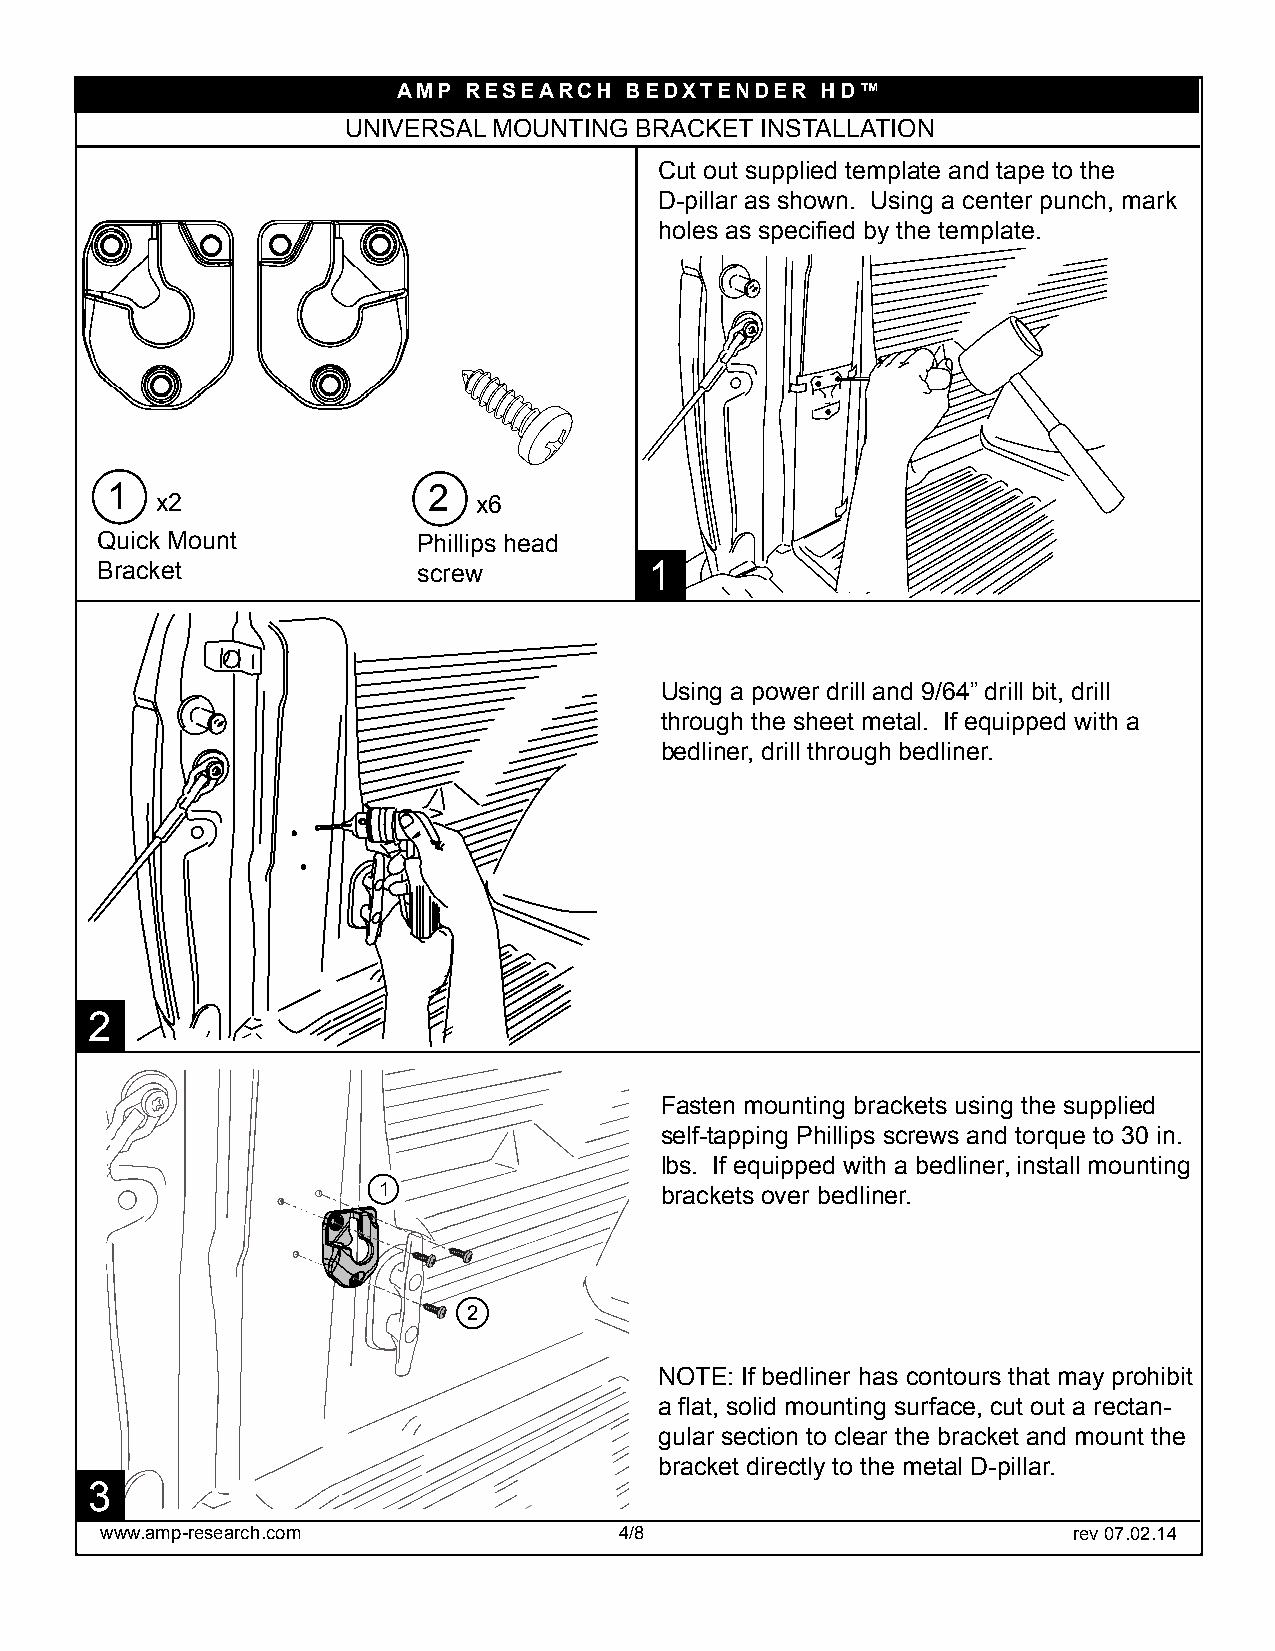
AMP  RESEARCH  BEDXTENDER   HD™
 UNIVERSAL MOUNTING BRACKET INSTALLATION
 Cut out supplied template and tape to the
 D-pillar as shown. Using a center punch, mark
 holes as specified by the template.
 1                    2
 x2                    x6
 Quick Mount           Phillips head
 Bracket               screw          1
 Using a power drill and 9/64” drill bit, drill
 through the sheet metal. If equipped with a
 bedliner, drill through bedliner.
 2
 Fasten mounting brackets using the supplied
 self-tapping Phillips screws and torque to 30 in.
 lbs. If equipped with a bedliner, install mounting
 1                  brackets over bedliner.
 2
 NOTE: If bedliner has contours that may prohibit
 a flat, solid mounting surface, cut out a rectan-
 gular section to clear the bracket and mount the
 bracket directly to the metal D-pillar.
 3
 www.amp-research.com              4/8                           rev 07.02.14